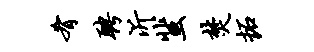
肴聘沂蜚焚拓